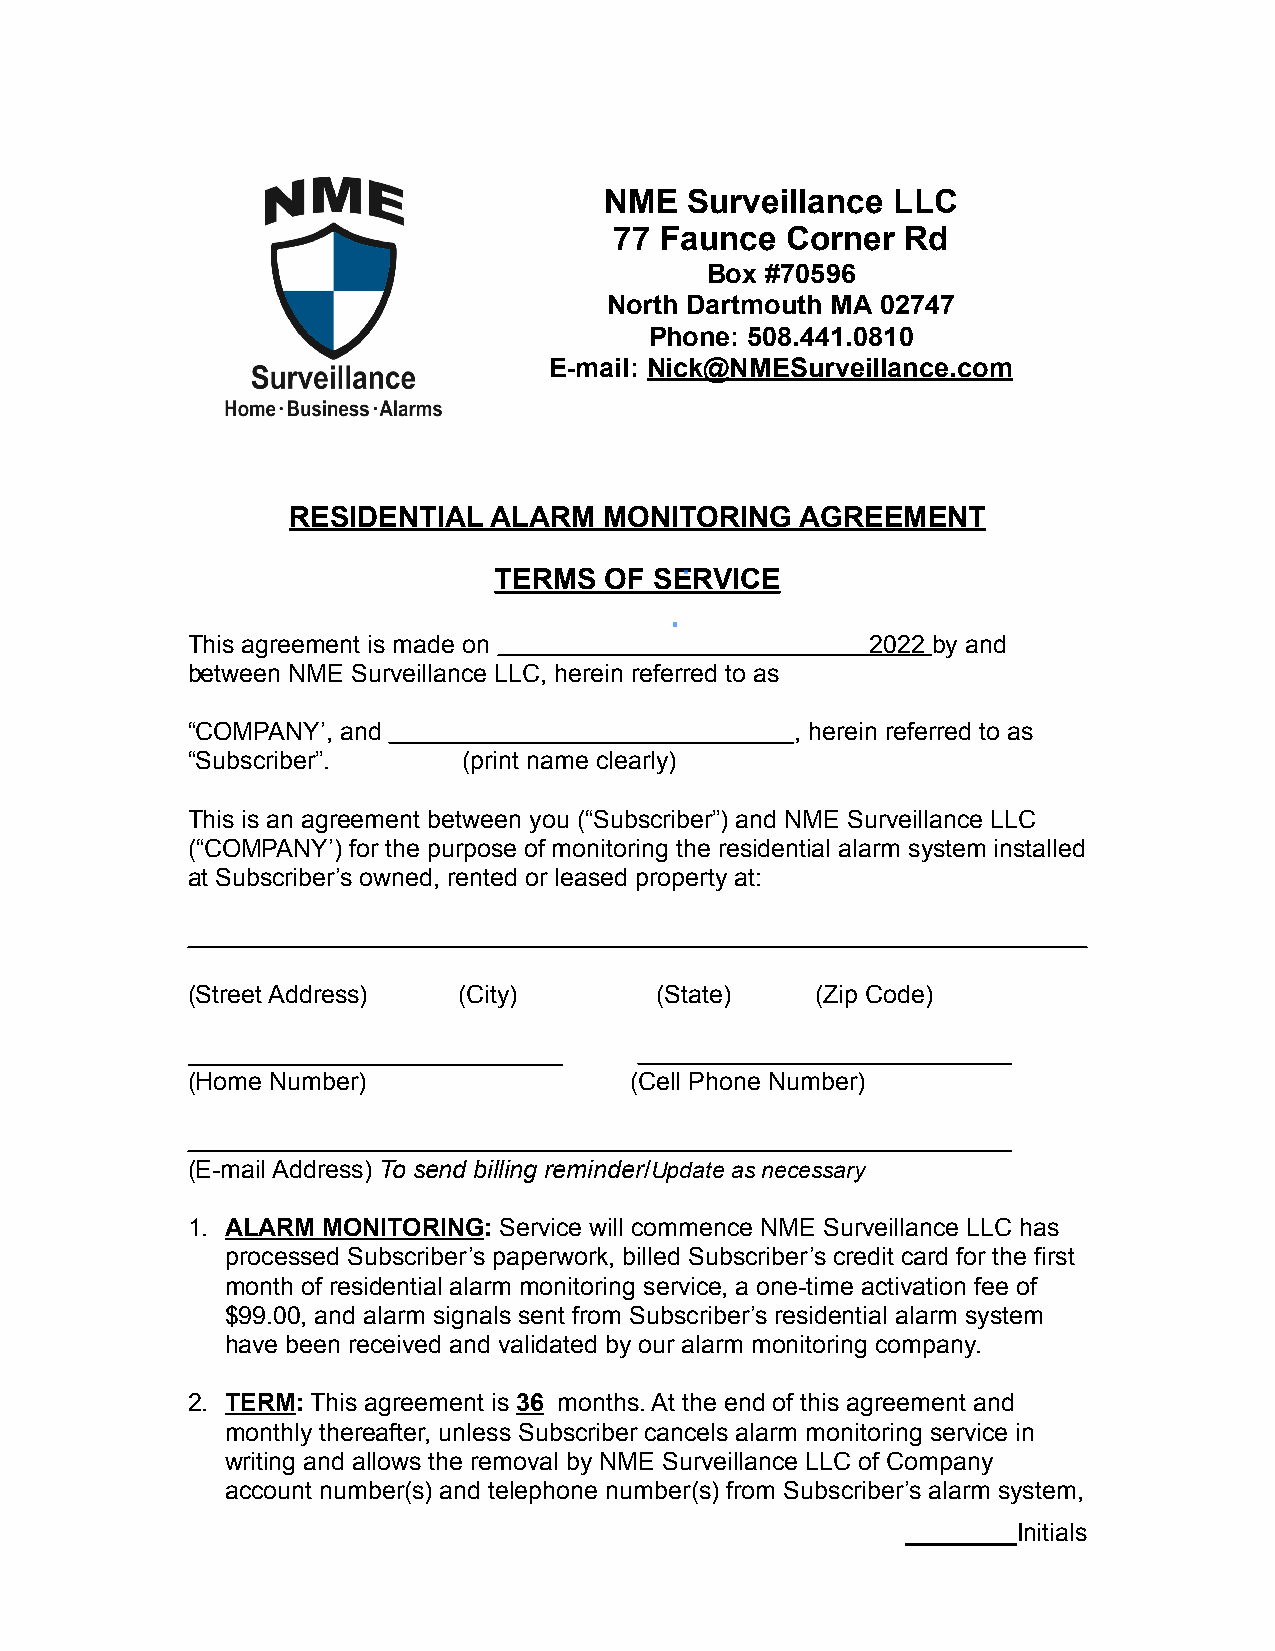
NME   Surveillance LLC
 77 Faunce  Corner  Rd
 Box #70596
 North Dartmouth MA 02747
 Phone: 508.441.0810
 E-mail: Nick@NMESurveillance.com
 RESIDENTIAL  ALARM   MONITORING   AGREEMENT
 TERMS  OF SERVICE
 This agreement is made on                     2022 by and
 between NME Surveillance LLC, herein referred to as
 “COMPANY’, and                           , herein referred to as
 “Subscriber”.      (print name clearly)
 This is an agreement between you (“Subscriber”) and NME Surveillance LLC
 (“COMPANY’) for the purpose of monitoring the residential alarm system installed
 at Subscriber’s owned, rented or leased property at:
 (Street Address)  (City)       (State)    (Zip Code)
 ___________________________
 (Home Number)                 (Cell Phone Number)
 (E-mail Address) To send billing reminder/Update as necessary
 1. ALARM MONITORING: Service will commence NME Surveillance LLC has
 processed Subscriber’s paperwork, billed Subscriber’s credit card for the first
 month of residential alarm monitoring service, a one-time activation fee of
 $99.00, and alarm signals sent from Subscriber’s residential alarm system
 have been received and validated by our alarm monitoring company.
 2. TERM: This agreement is 36 months. At the end of this agreement and
 monthly thereafter, unless Subscriber cancels alarm monitoring service in
 writing and allows the removal by NME Surveillance LLC of Company
 account number(s) and telephone number(s) from Subscriber’s alarm system,
 ________Initials